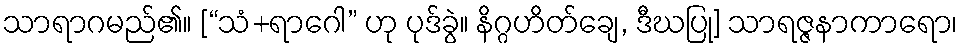
သာရာဂမည်၏။ [“သံ+ရာဂေါ” ဟု ပုဒ်ခွဲ။ နိဂ္ဂဟိတ်ချေ, ဒီဃပြု] သာရဇ္ဇနာကာရော၊